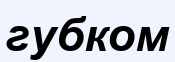
губком